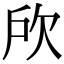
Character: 𣢖